Jaan_Tonisson_(Lasteleht), lk 471
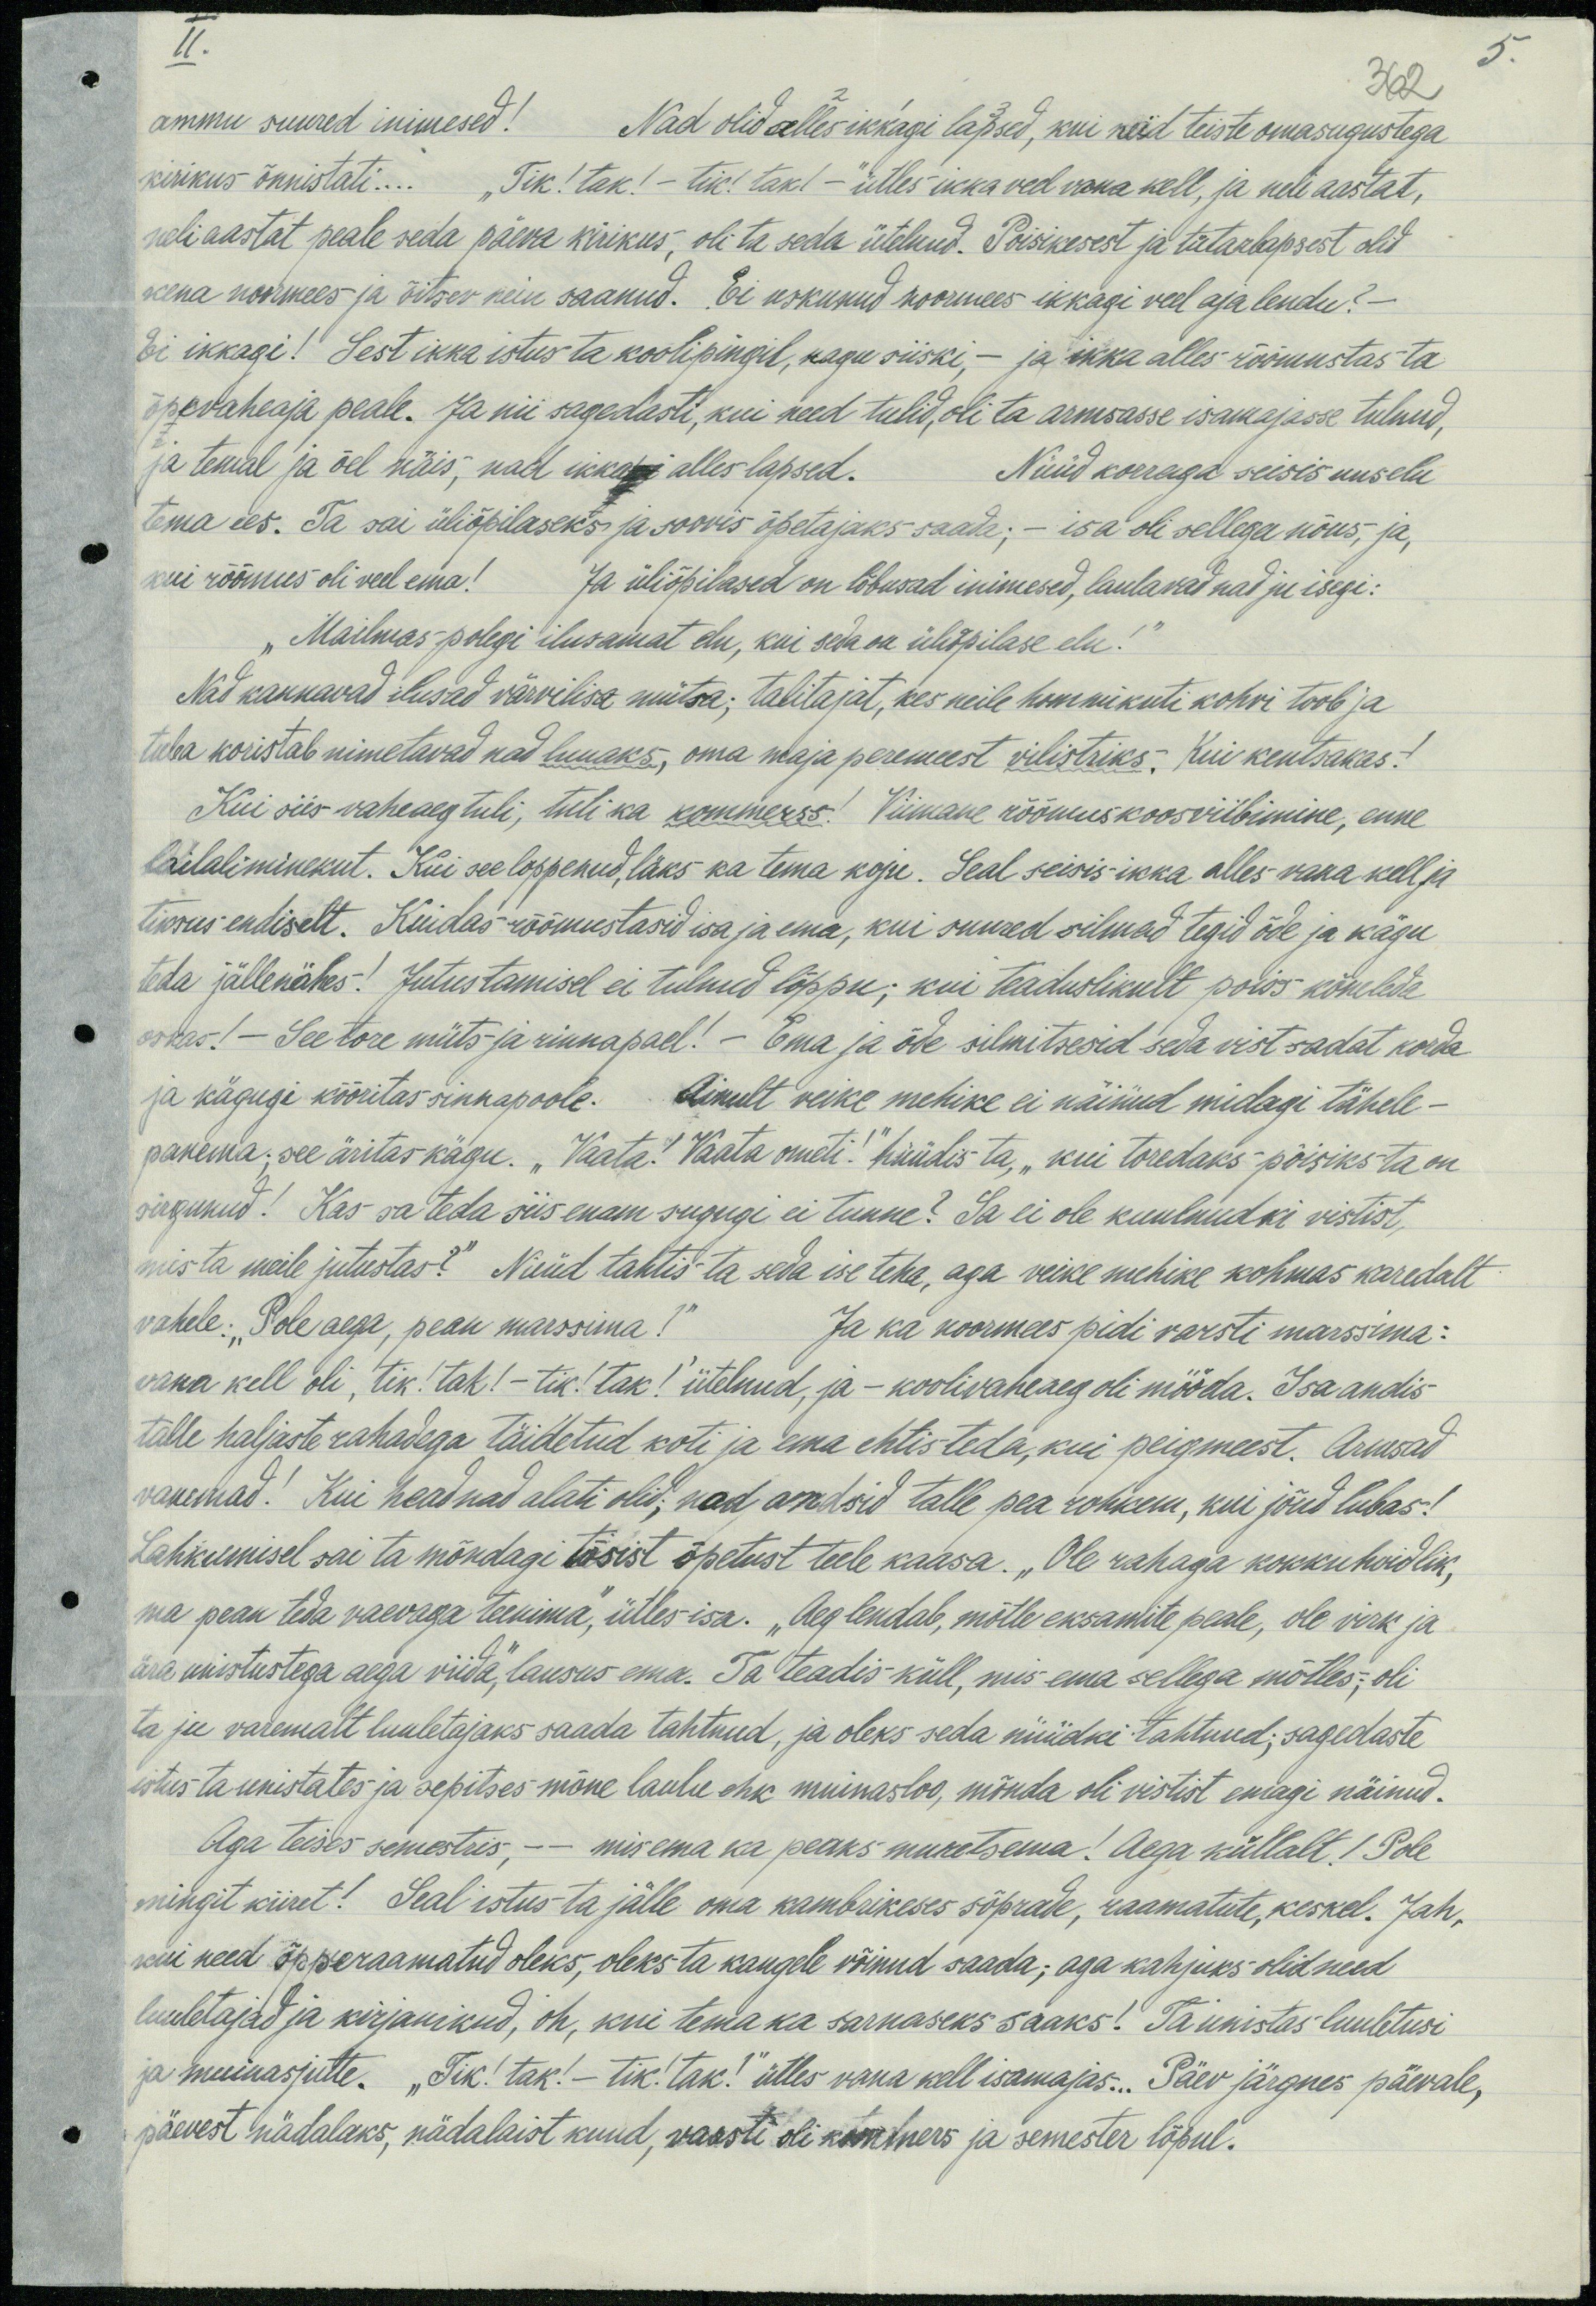
II.
362
5.
ammu suured inimesed! Nad olid alles ikkagi lapsed, kui neid teiste omasugustega
kirikus õnnistati... "Tik! tak! - tik! tak! - ütles ikka veel vana kell, ja neli aastat,
neli aastat peale seda päeva kirikus, oli ta seda ütelnud. Poisikesest ja tütarlapsest olid
kena noormees ja õitsev neiu saanud. Ei uskunud noormees ikkagi veel aja lendu? -
Ei ikkagi! Sest ikka istus ta koolipingil, nagu siiski, - ja ikke alles rõõmustas ta
õppevaheaja peale. Ja nii sagedasti, kui need tulid, oli ta armsasse isamajasse tulnud,
ja temal ja õel näis, nad ikka alles lapsed. Nüüd korraga seisis uuselu
tema ees. Ta sai üliõpilaseks ja soovis õpetajaks saada; - isa oli sellega nõus, ja
kui rõõmus oli veel ema. Ja üliõpilased on lõbusad inimesed, laulavad nad ju isegi:
"Mailmas polegi ilusamat elu, kui seda on üliõpilase elu!"
Nad kannavad ilusad värvilisa mütsa; talitajat, kes neile hommikuti kohvi toob ja
tuba koristab nimetavad nad luuaks, oma maja peremeest vilistriks. Kui kentsakas?
Kui siis vaheaeg tuli, tuli ka kommerss! Viimane rõõmus koosviibimine, enne
laialiminekut. Kui see lõppenud, läks ka tema koju. Seal seisis ikka alles vana kell ja
tiksus endiselt. Kuidas rõõmustasid isa ja ema, kui suured silmad tegid õde ja kägu
teha jällenähes! Jutustamisel ei tulnud lõppu; kui teaduslikult poiss kõneleda
oskas! - See tore müts ja rinnapael! - Ema ja õde silmitsesid seda vist sadat korda
ja kägugi kõõritas sinnapoole. Ainult veike mehike ei näinud midagi tähele-
panema; see äritas kägu. „Vaata!" Vaata ometi." hüüdis ta „kui toredaks poisiks ta on
sirgunud! Kas sa teda siis enam sugugi ei tunne? Sa ei ole kuulnudki vistist,
mis ta meile jutustas?" Nüüd tahtis ta seda ise teha, aga veike mehike kohmas karedalt
vahele: "Pole aega, pean marssima!" Ja ka noormees pidi varsti marssima:
vana kell oli, tik! tak! - tik! tak! ütelnud, ja - koolivaheaeg oli mööda. Isa andis
talle haljaste rahadega täidetud koti ja ema ehtis teda, kui peigmeest. Armsad
vanemad! Kui head nad alati olid; nad andsid talle pea rohkem, kui jõud lubas!
Lahkumisel sai ta mõndagi tõsist õpetust teele kaasa. „Ole rahaga kokkuhoidlik,
ma pean teda vaevaga teenima," ütles isa. „Aeg lendab, mõtle eksamite peale, ole virk ja
ära unistustega aega viida," lausus ema. Ta teadis küll, mis ema sellega mõtles: oli
ta ju varemalt luuletajaks saada tahtnud, ja oleks seda nüüdki tahnud; sagedaste
istus ta unistates ja sepitses mõne laulu ehk muinasloo, mõnda oli vistist emagi näinud.
Aga teises semestris, - mis ema ka peaks muretsema! Aega küllalt! Pole
mingit kiiret! Seal istus ta jälle oma kambrikeses sõprade, raamatute, keskel.“ Jah-
kui need õpperaamatud oleks, oleks ta kaugele võinud saada; aga kahjuks olid need
luuletajad ja kirjanikud, oh, kui tema ka sarnaseks saaks!" Ta unistas luuletusi
ja muinasjutte. "Tik! tak! - tik! tak!" ütles vana kell isamajas... Päev järgnes päevale,
päevest nädalaks, nädalaist kuud, varsti oli kommers ja semester lõpul.